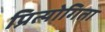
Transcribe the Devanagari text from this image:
प्रित्योगिता